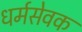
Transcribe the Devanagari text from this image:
धर्मसेवक